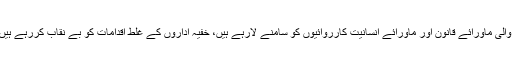
دنیا بھر میں افراد اپنے ہی ملک میں ہونے والی ماورائے قانون اور ماورائے انسانیت کارروائیوں کو سامنے لارہے ہیں، خفیہ اداروں کے غلط اقدامات کو بے نقاب کررہے ہیں اور بے اعتدالیوں کی نشاندہی کررہے ہیں۔